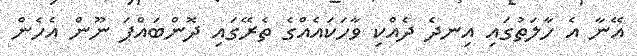
އޭނާ އެ ހާލަތުގައި އިނދެ ދެއްކި ވާހަކައެއްގެ ތެރޭގައި ދޮންބައްޕަ ނޫން އެހެން